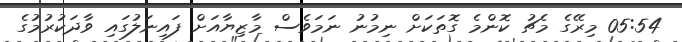
05:54 މިރޭގެ މެޗު ކޮންމެ ގޮތަކަށް ނިމުނު ނަމަވެސް މާޒިޔާއަށް ފައިނަލުގައި ވާދަކުރުމުގެ